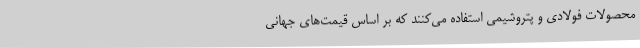
محصولات فولادی و پتروشیمی استفاده می‌کنند که بر اساس قیمت‌های جهانی